Subject: cs
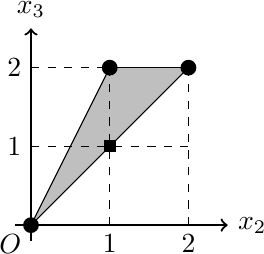
LaTeX code:
\begin{tikzpicture}
\coordinate(A)at(0,0);
\coordinate(B)at(1,2);
\coordinate(C)at(2,2);
\fill[lightgray](A)--(B)--(C)--cycle;

\draw [->,thick] (-0.2,0) -- (2.5,0) node [right]{$x_2$};
\draw [->,thick] (0,-0.2) -- (0,2.5) node [above]{$x_3$};
\node [below left] (0,0){$O$};
\draw [dashed] (0,1)--(2,1);
\draw (0,1)node[left]{$1$};
\draw [dashed] (0,2)--(2,2);
\draw (0,2)node[left]{$2$};
\draw [dashed] (1,0)--(1,2);
\draw (1,0)node[below]{$1$};
\draw [dashed] (2,0)--(2,2);
\draw (2,0)node[below]{$2$};
\fill[black](0,0)circle(0.1);
\fill[black](1,2)circle(0.1);
\fill[black](2,2)circle(0.1);
\draw [black] plot [only marks, mark=square*] coordinates {(1,1)};
\draw (0,0)--(1,2);
\draw (0,0)--(2,2);
\draw (1,2)--(2,2);
\end{tikzpicture}